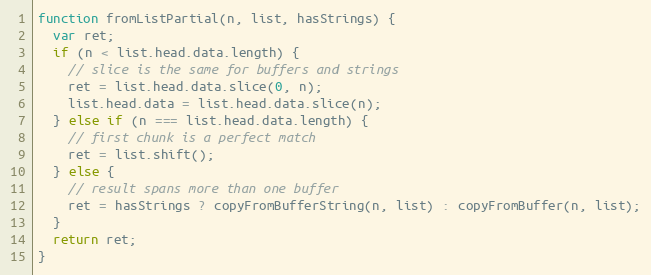
Language: JavaScript
function fromListPartial(n, list, hasStrings) {
  var ret;
  if (n < list.head.data.length) {
    // slice is the same for buffers and strings
    ret = list.head.data.slice(0, n);
    list.head.data = list.head.data.slice(n);
  } else if (n === list.head.data.length) {
    // first chunk is a perfect match
    ret = list.shift();
  } else {
    // result spans more than one buffer
    ret = hasStrings ? copyFromBufferString(n, list) : copyFromBuffer(n, list);
  }
  return ret;
}